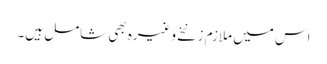
اس میں ملازم زنخے وغیرہ بھی شامل ہیں۔